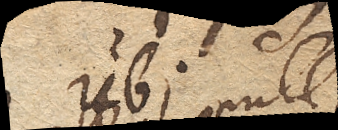
ubi nulla